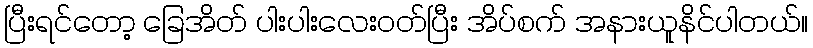
ပြီးရင်တော့ ခြေအိတ် ပါးပါးလေးဝတ်ပြီး အိပ်စက် အနားယူနိင်ပါတယ်။